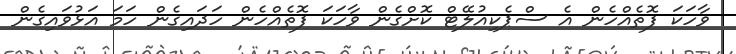
ވާހަކަ ފޮތެއްހެން އެ ސްޕެކިއުލޭޓް ކޮށްގެން ވާހަކަ ފޮތެއްހެން ހަދައިގެން ހަމަ އަޅުވައިގެން